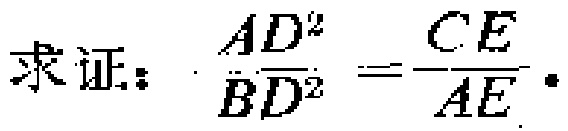
求证：\(\frac{AD^{2}}{BD^{2}} = \frac{CE}{AE}\)